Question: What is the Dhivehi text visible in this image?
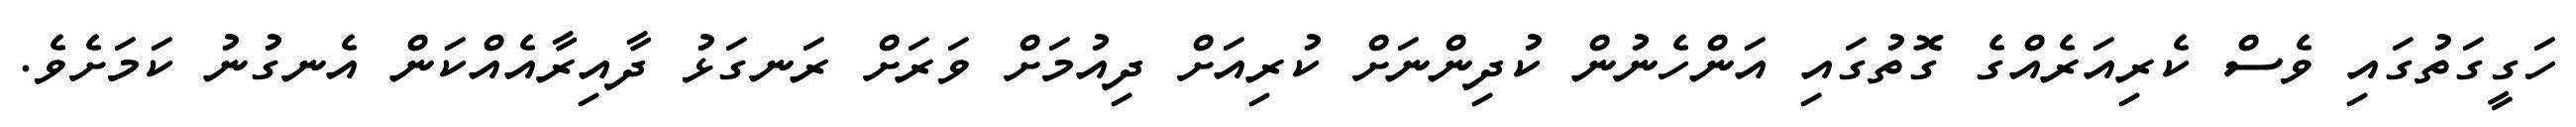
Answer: ހަގީގަތުގައި ވެސް ކެރިއަރެއްގެ ގޮތުގައި އަންހެނުން ކުދިންނަށް ކުރިއަށް ދިއުމަށް ވަރަށް ރަނގަޅު ދާއިރާއެއްކަން އެނގުނު ކަމަށެވެ.